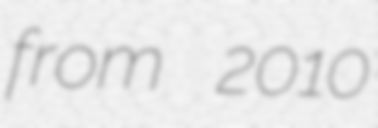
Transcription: from 2010